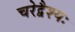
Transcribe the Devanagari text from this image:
चरेद्वैश्यः